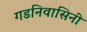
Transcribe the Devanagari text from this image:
गडनिवासिनी